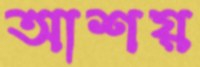
আশয়